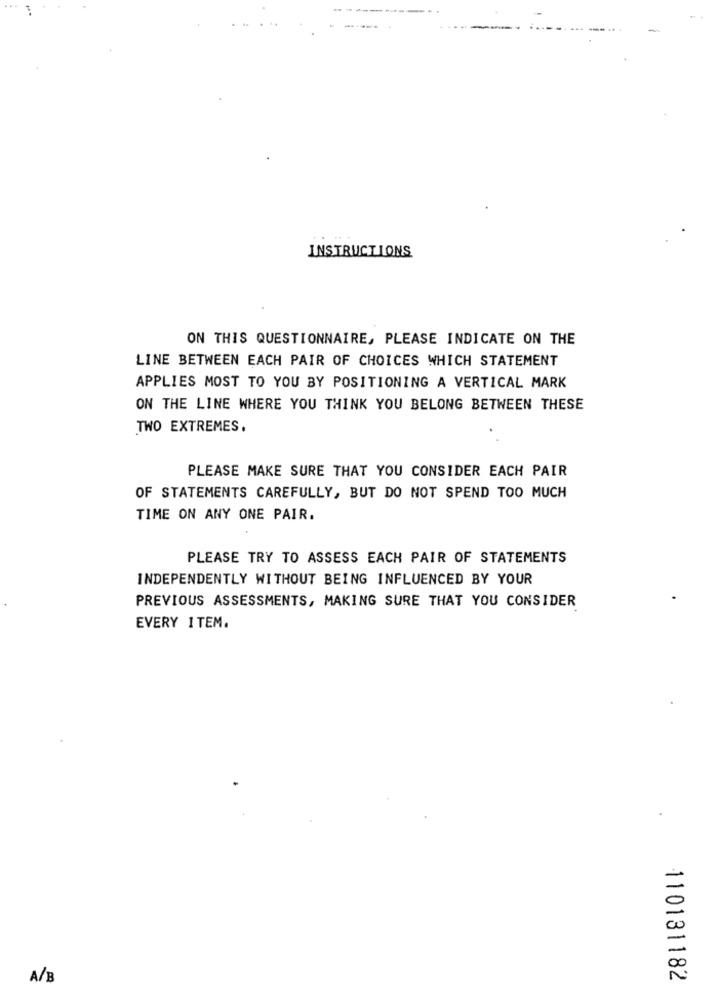
INSTRUCTIONS
ON THIS QUESTIONNAIRE, PLEASE INDICATE ON THE
LINE BETWEEN EACH PAIR OF CHOICES WHICH STATEMENT
APPLIES MOST TO YOU BY POSITIONING A VERTICAL MARK
ON THE LINE WHERE YOU THINK YOU BELONG BETWEEN THESE
TWO EXTREMES.
PLEASE MAKE SURE THAT YOU CONSIDER EACH PAIR
OF STATEMENTS CAREFULLY, BUT DO NOT SPEND TOO MUCH
TIME ON ANY ONE PAIR.
PLEASE TRY TO ASSESS EACH PAIR OF STATEMENTS
INDEPENDENTLY WITHOUT BEING INFLUENCED BY YOUR
PREVIOUS ASSESSMENTS, MAKING SURE THAT YOU CONSIDER
EVERY ITEM.
A/B
110131182